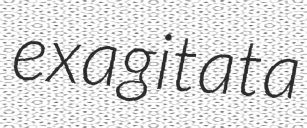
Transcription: exagitata